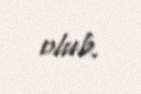
olub.